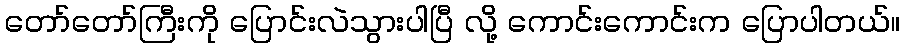
တော်တော်ကြီးကို ပြောင်းလဲသွားပါပြီ လို့ ကောင်းကောင်းက ပြောပါတယ်။